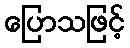
ပြောသဖြင့်